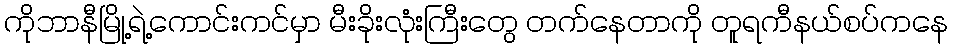
ကိုဘာနီမြို့ရဲ့ကောင်းကင်မှာ မီးခိုးလုံးကြီးတွေ တက်နေတာကို တူရကီနယ်စပ်ကနေ